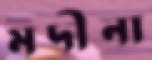
মদীনা